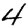
Digit: 4